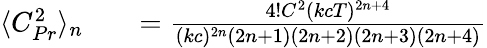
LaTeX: \begin{array}{rlr}{\langle C_{Pr}^{2}\rangle_{n}}&{{}}&{=\frac{4!C^{2}(kcT)^{2n+4}}{(kc)^{2n}(2n+1)(2n+2)(2n+3)(2n+4)}}\end{array}